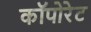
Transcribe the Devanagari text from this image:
कॉपोरेट